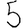
Digit: 5